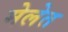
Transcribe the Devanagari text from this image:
मेलेत